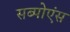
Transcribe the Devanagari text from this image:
सब्पोएंस